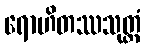
ရောဟိတဿသုတ္တံ